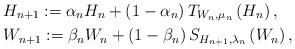
LaTeX: \begin{align*}&H_{n+1} := \alpha_n H_n + \left(1-\alpha_n \right) T_{W_n, \mu_n} \left(H_n \right),\\&W_{n+1} := \beta_n W_n + \left(1 - \beta_n \right) S_{H_{n+1}, \lambda_n} \left(W_n \right),\end{align*}